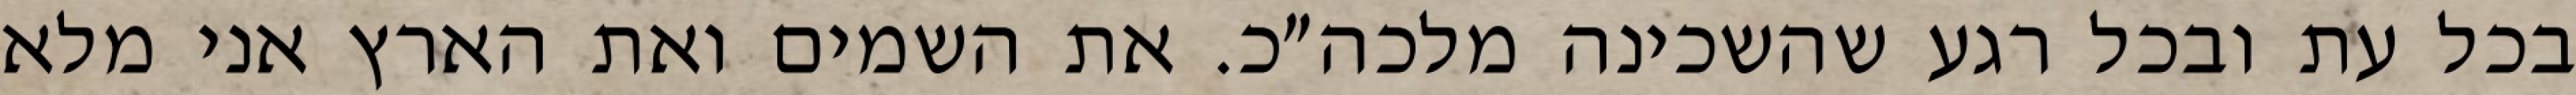
בכל עת ובכל רגע שהשכינה מלכה״כ. את השמים ואת הארץ אני מלא